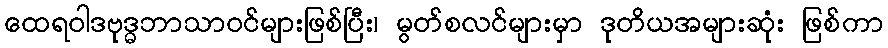
ထေရဝါဒဗုဒ္ဓဘာသာဝင်များဖြစ်ပြီး၊ မွတ်စလင်များမှာ ဒုတိယအများဆုံး ဖြစ်ကာ